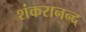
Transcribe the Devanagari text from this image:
शंकरानन्द